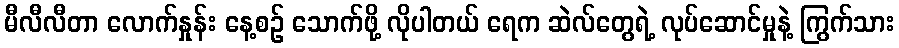
မီလီလီတာ လောက်နှုန်း နေ့စဉ် သောက်ဖို့ လိုပါတယ် ရေက ဆဲလ်တွေရဲ့ လုပ်ဆောင်မှုနဲ့ ကြွက်သား